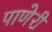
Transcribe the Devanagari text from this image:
पाणेरी